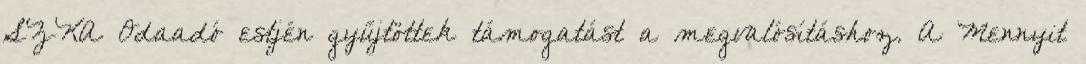
SZKA Odaadó estjén gyűjtöttek támogatást a megvalósításhoz. A Mennyit